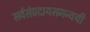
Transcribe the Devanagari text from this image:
सर्वसंप्रदायसमन्वयी